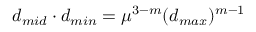
d _ { m i d } \cdot d _ { m i n } = \mu ^ { 3 - m } ( d _ { m a x } ) ^ { m - 1 }